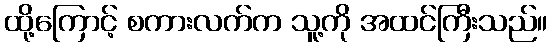
ထို့ကြောင့် စကားလက်က သူ့ကို အထင်ကြီးသည်။